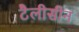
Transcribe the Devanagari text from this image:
टैलीसीन